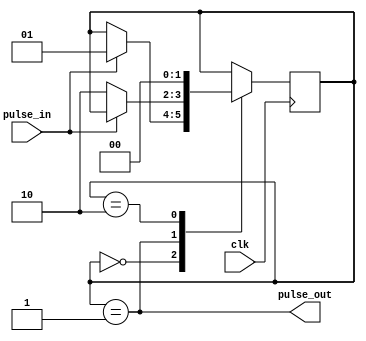
module pulse_synchronizer (
    input wire pulse_in,
    input wire clk,
    output wire pulse_out
);

reg [1:0] state;

always @(posedge clk) begin
    case (state)
        2'b00: begin
            if (pulse_in) begin
                state <= 2'b01;
            end
        end
        2'b01: begin
            if (!pulse_in) begin
                state <= 2'b10;
            end
        end
        2'b10: begin
            state <= 2'b00;
        end
    endcase
end

assign pulse_out = (state == 2'b01);

endmodule